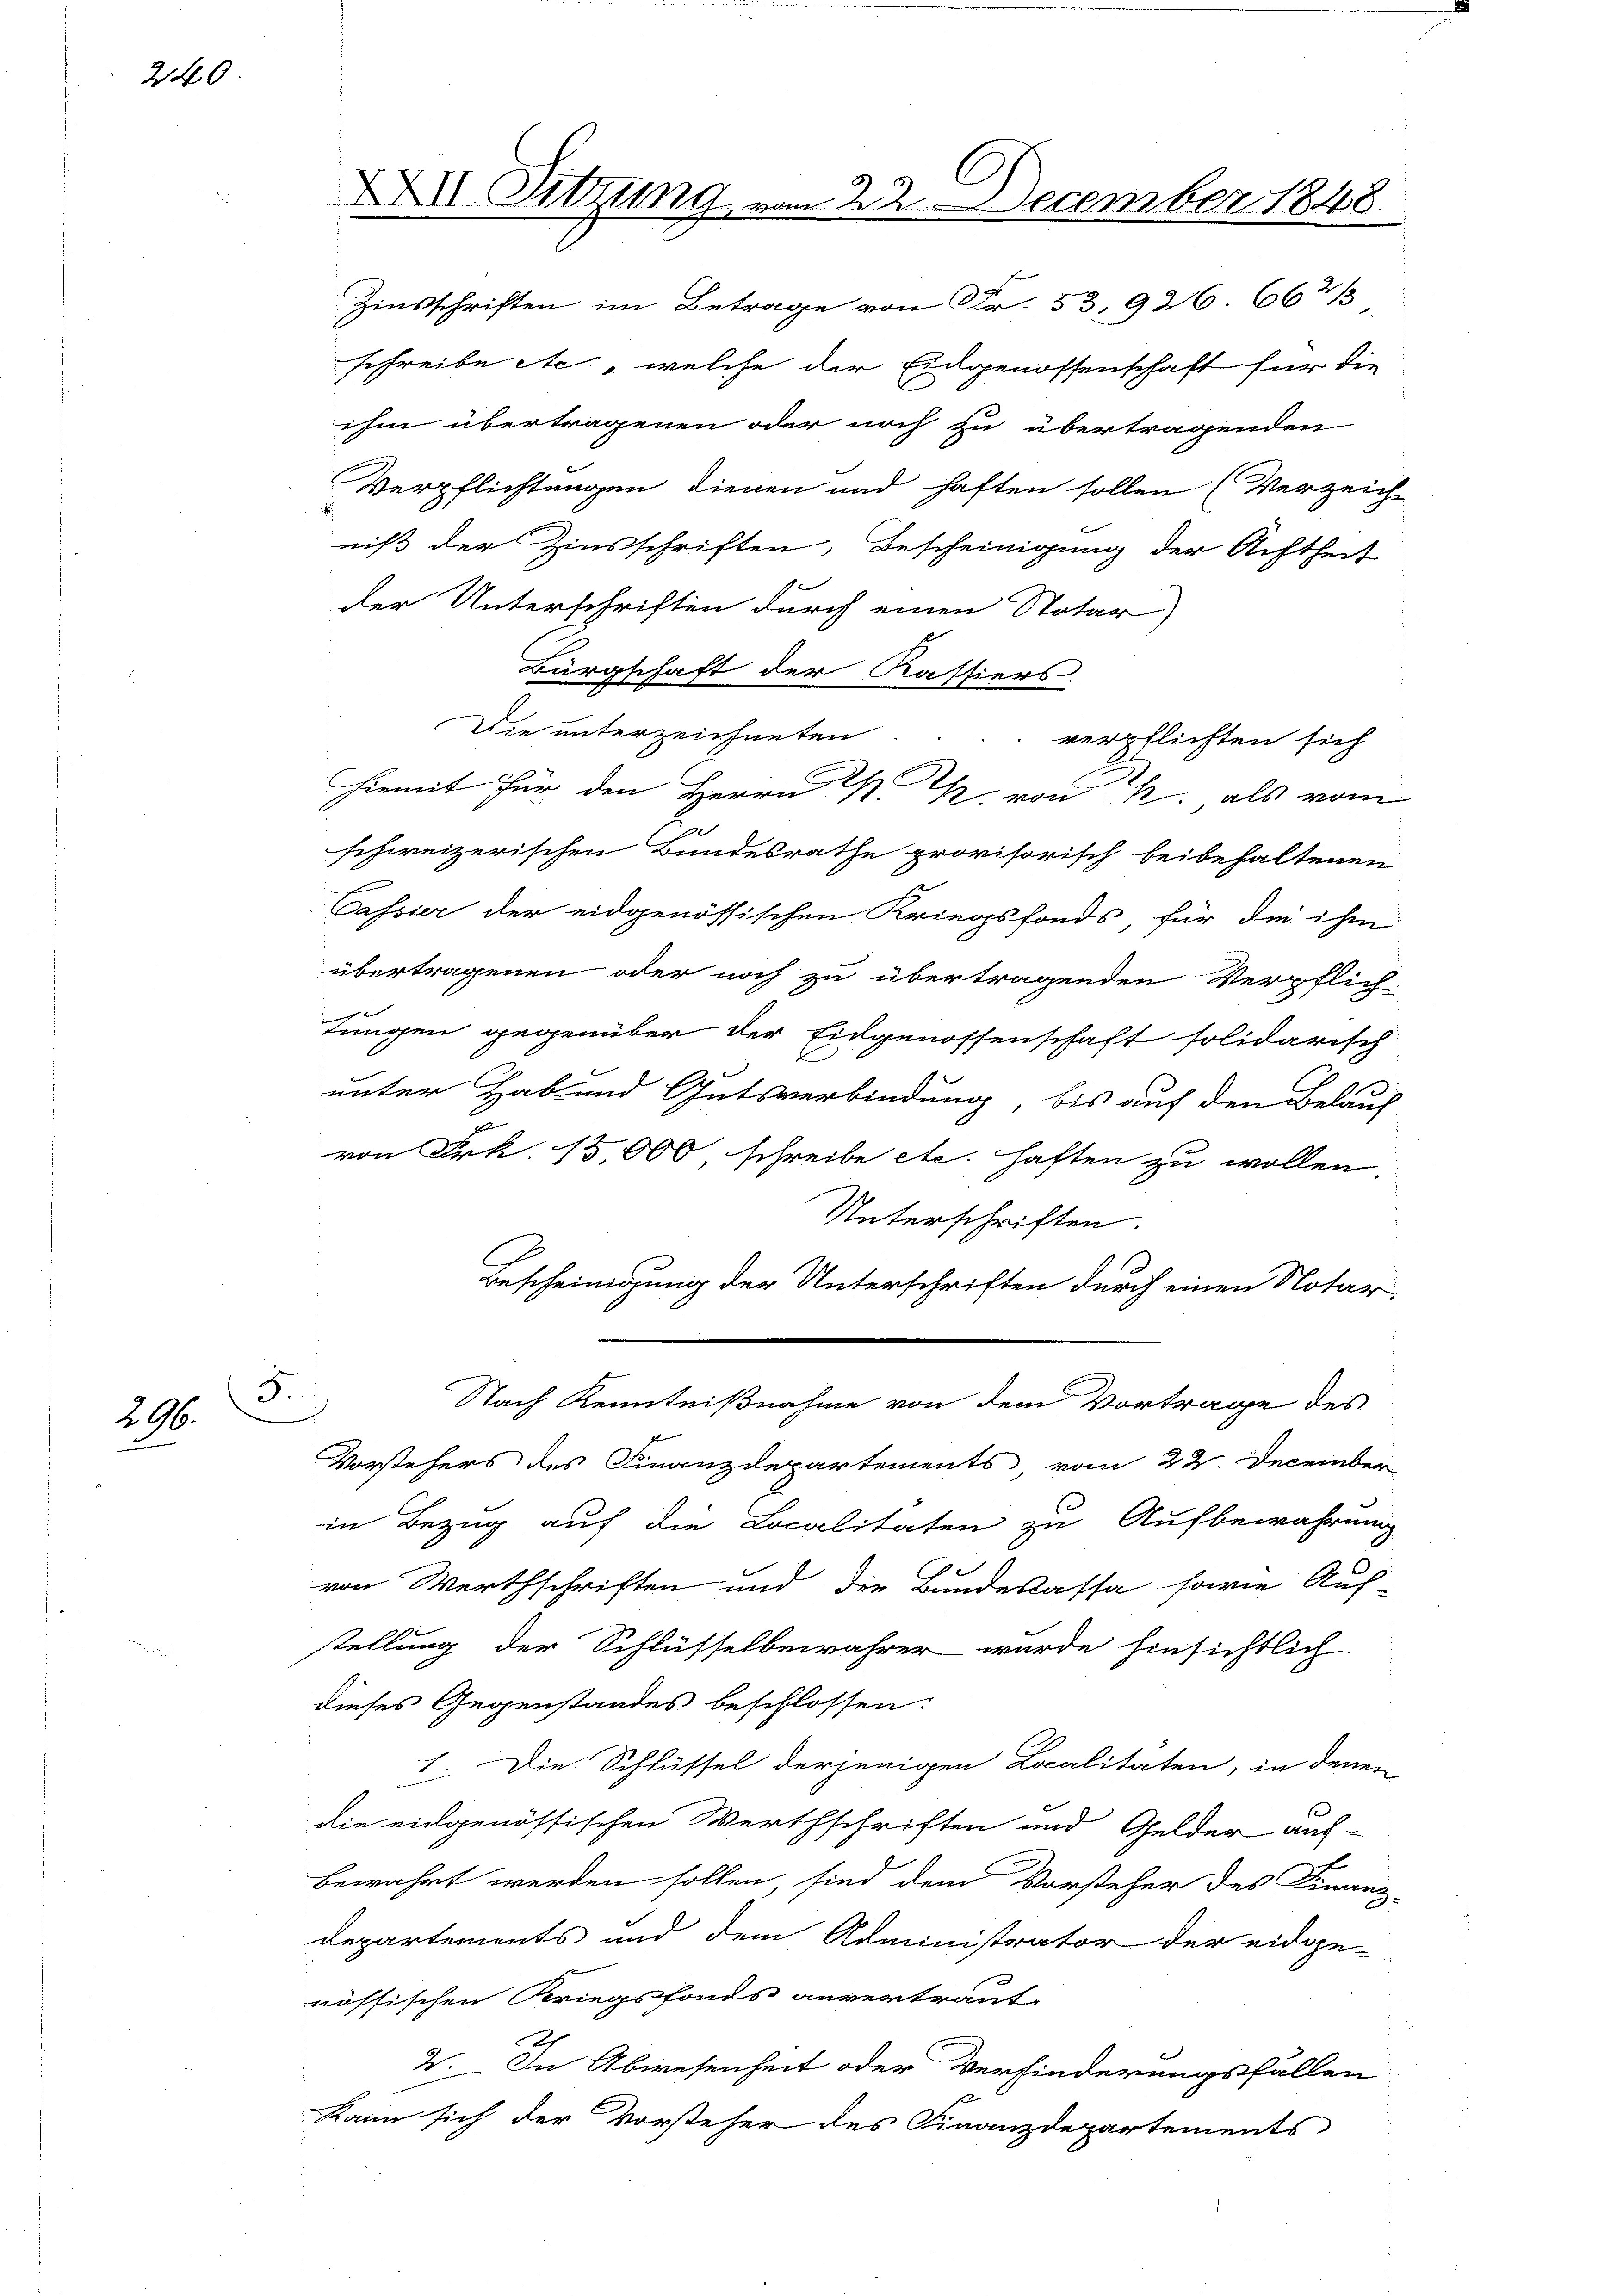
240

5
296.

Zinsschriften im Betrage von Fr. 53. 926 66 2/3
schreibe etc., welche der Eidgenossenschaft für die
ihm übertragenen oder noch zu übertragenden
Verpflichtungen dienen und haften sollen (Verzeich-
niß der Zinsschriften, Bescheinigung der Achtheit
der Unterschriften durch einen Notar
Bürgschaft der Kassiers
Die unterzeichneten
1
schweizerischen Bundesrathe provisorisch beibehaltenen
Cassier der eidgenössischen Kriegsfonds, für die ihm
übertragenen oder noch zu übertragenden Verpflich-
tungen gegenüber der Eidgenossenschaft solidarisch
s
unter Hab und Gutsverbindung, bis auf den Belauf
von Frk. 15000 schreibe etc. haften zu wollen.
Unterschriften.
Bescheinigung der Unterschriften durch einen Notar
Nach Kenntnißnahme von dem Vortrage des
Vorstehers des Finanzdepartements, vom 22. December
in Bezug auf die Localitäten zu Aufbewahrung
von Werthschriften und der Bundeskassa sowie Auf-
stellung der Schlüsselbewahrer wurde hinsichtlich
dieses Gegenstandes beschlossen:
1. Die Schlüssel derjenigen Localitäten, in denen
die eidgenössischen Werthschriften und Gelder auf-
E
bewahrt werden sollen, sind dem Vorsteher des Finanz-
Departements und dem Administrator der eidge-
nössischen Kriegsfonds anvertraut.
2. In Abwesenheit oder Verhinderungsfällen
Kann sich der Vorsteher des Finanzdepartements

XXII Sitzung vom 22. December 1848.

verpflichten sich
hiemit für den Herrn K. K. von K. als vom